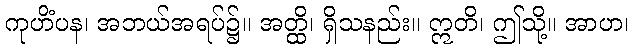
ကုဟိံပန၊ အဘယ်အရပ်၌။ အတ္ထိ၊ ရှိသနည်း။ ဣတိ၊ ဤသို့။ အာဟ၊